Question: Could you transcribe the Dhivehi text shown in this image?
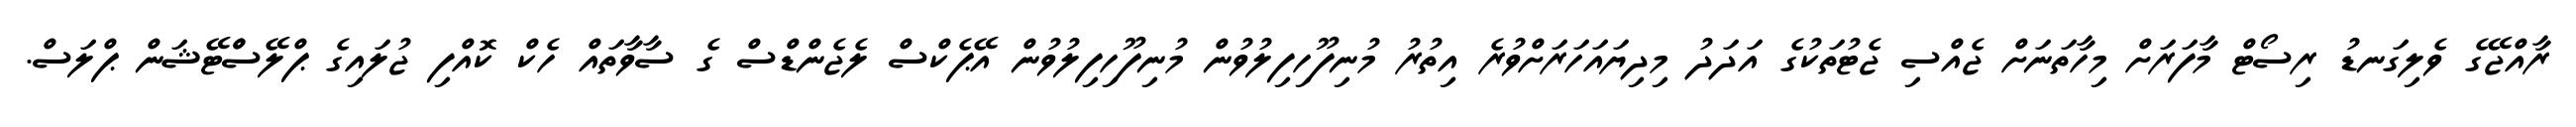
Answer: ރާއްޖޭގެ ވެލިގަނޑު ރިސޯޓް މާފަރަށް މިހާތަނަށް ޖެއްސި ޖެޓުތަކުގެ އަދަދު މިދިޔައަހަރަށްވުރެ އިތުރު މުނިފޫހިފިލުވުން މުނިފޫހިފިލުވުން އޭޕެކްސް ލެޖެންޑްސް ގެ ސާވާތައް ހެކް ކޮއްފި ޖުލައިގެ ޕްލޭސްްޓޭޝަން ޕްލަސް.